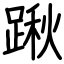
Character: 踿